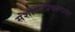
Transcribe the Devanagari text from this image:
संशोधनप्रकल्पावर